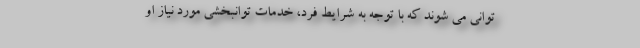
توانی می شوند که با توجه به شرایط فرد، خدمات توانبخشی مورد نیاز او